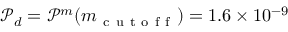
\mathcal { P } _ { d } = \mathcal { P } ^ { m } ( m _ { \mathrm { ~ c ~ u ~ t ~ o ~ f ~ f ~ } } ) = 1 . 6 \times 1 0 ^ { - 9 }